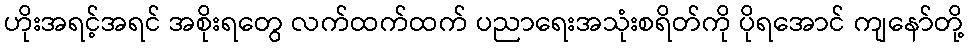
ဟိုးအရင့်အရင် အစိုးရတွေ လက်ထက်ထက် ပညာရေးအသုံးစရိတ်ကို ပိုရအောင် ကျနော်တို့